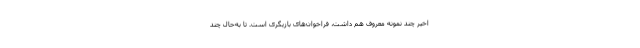
اخیر چند نمونه معروف هم داشت، فراخوان‌های بازیگری است. تا به‌حال چند